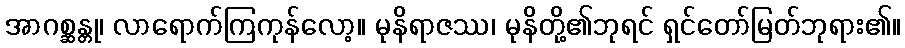
အာဂစ္ဆန္တု၊ လာရောက်ကြကုန်လော့။ မုနိရာဇဿ၊ မုနိတို့၏ဘုရင် ရှင်တော်မြတ်ဘုရား၏။